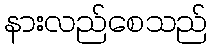
နားလည်စေသည်